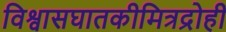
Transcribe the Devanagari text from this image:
विश्वासघातकीमित्रद्रोही